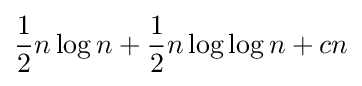
{\frac {1}{2}}n\log n+{\frac {1}{2}}n\log \log n+cn